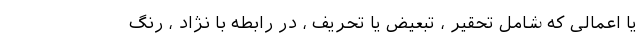
یا اعمالی که شامل تحقیر ، تبعیض یا تحریف ، در رابطه با نژاد ، رنگ